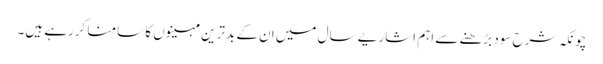
چونکہ شرح سود بڑھنے سے اہم اشاریے سال میں ان کے بدترین مہینوں کا سامنا کررہے ہیں۔